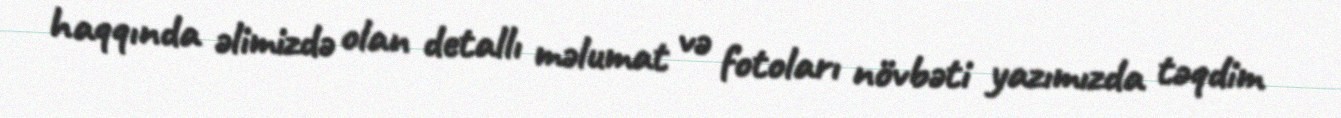
haqqında əlimizdə olan detallı məlumat və fotoları növbəti yazımızda təqdim